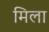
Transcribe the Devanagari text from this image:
मिला